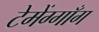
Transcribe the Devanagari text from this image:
टेमेंग्गाँग